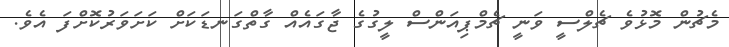
މެޗުން މޮޅުވެ ޗެލްސީ ވަނީ ޗެމްޕިއަންސް ލީގުގެ ޖާގައެއް ގާތްގަނޑަކަށް ކަށަވަރުކޮށްފަ އެވެ.